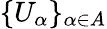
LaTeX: \{ U_{\alpha}\} _{\alpha\in A}